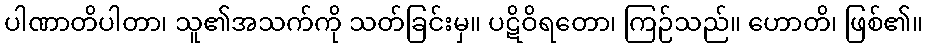
ပါဏာတိပါတာ၊ သူ၏အသက်ကို သတ်ခြင်းမှ။ ပဋိဝိရတော၊ ကြဉ်သည်။ ဟောတိ၊ ဖြစ်၏။